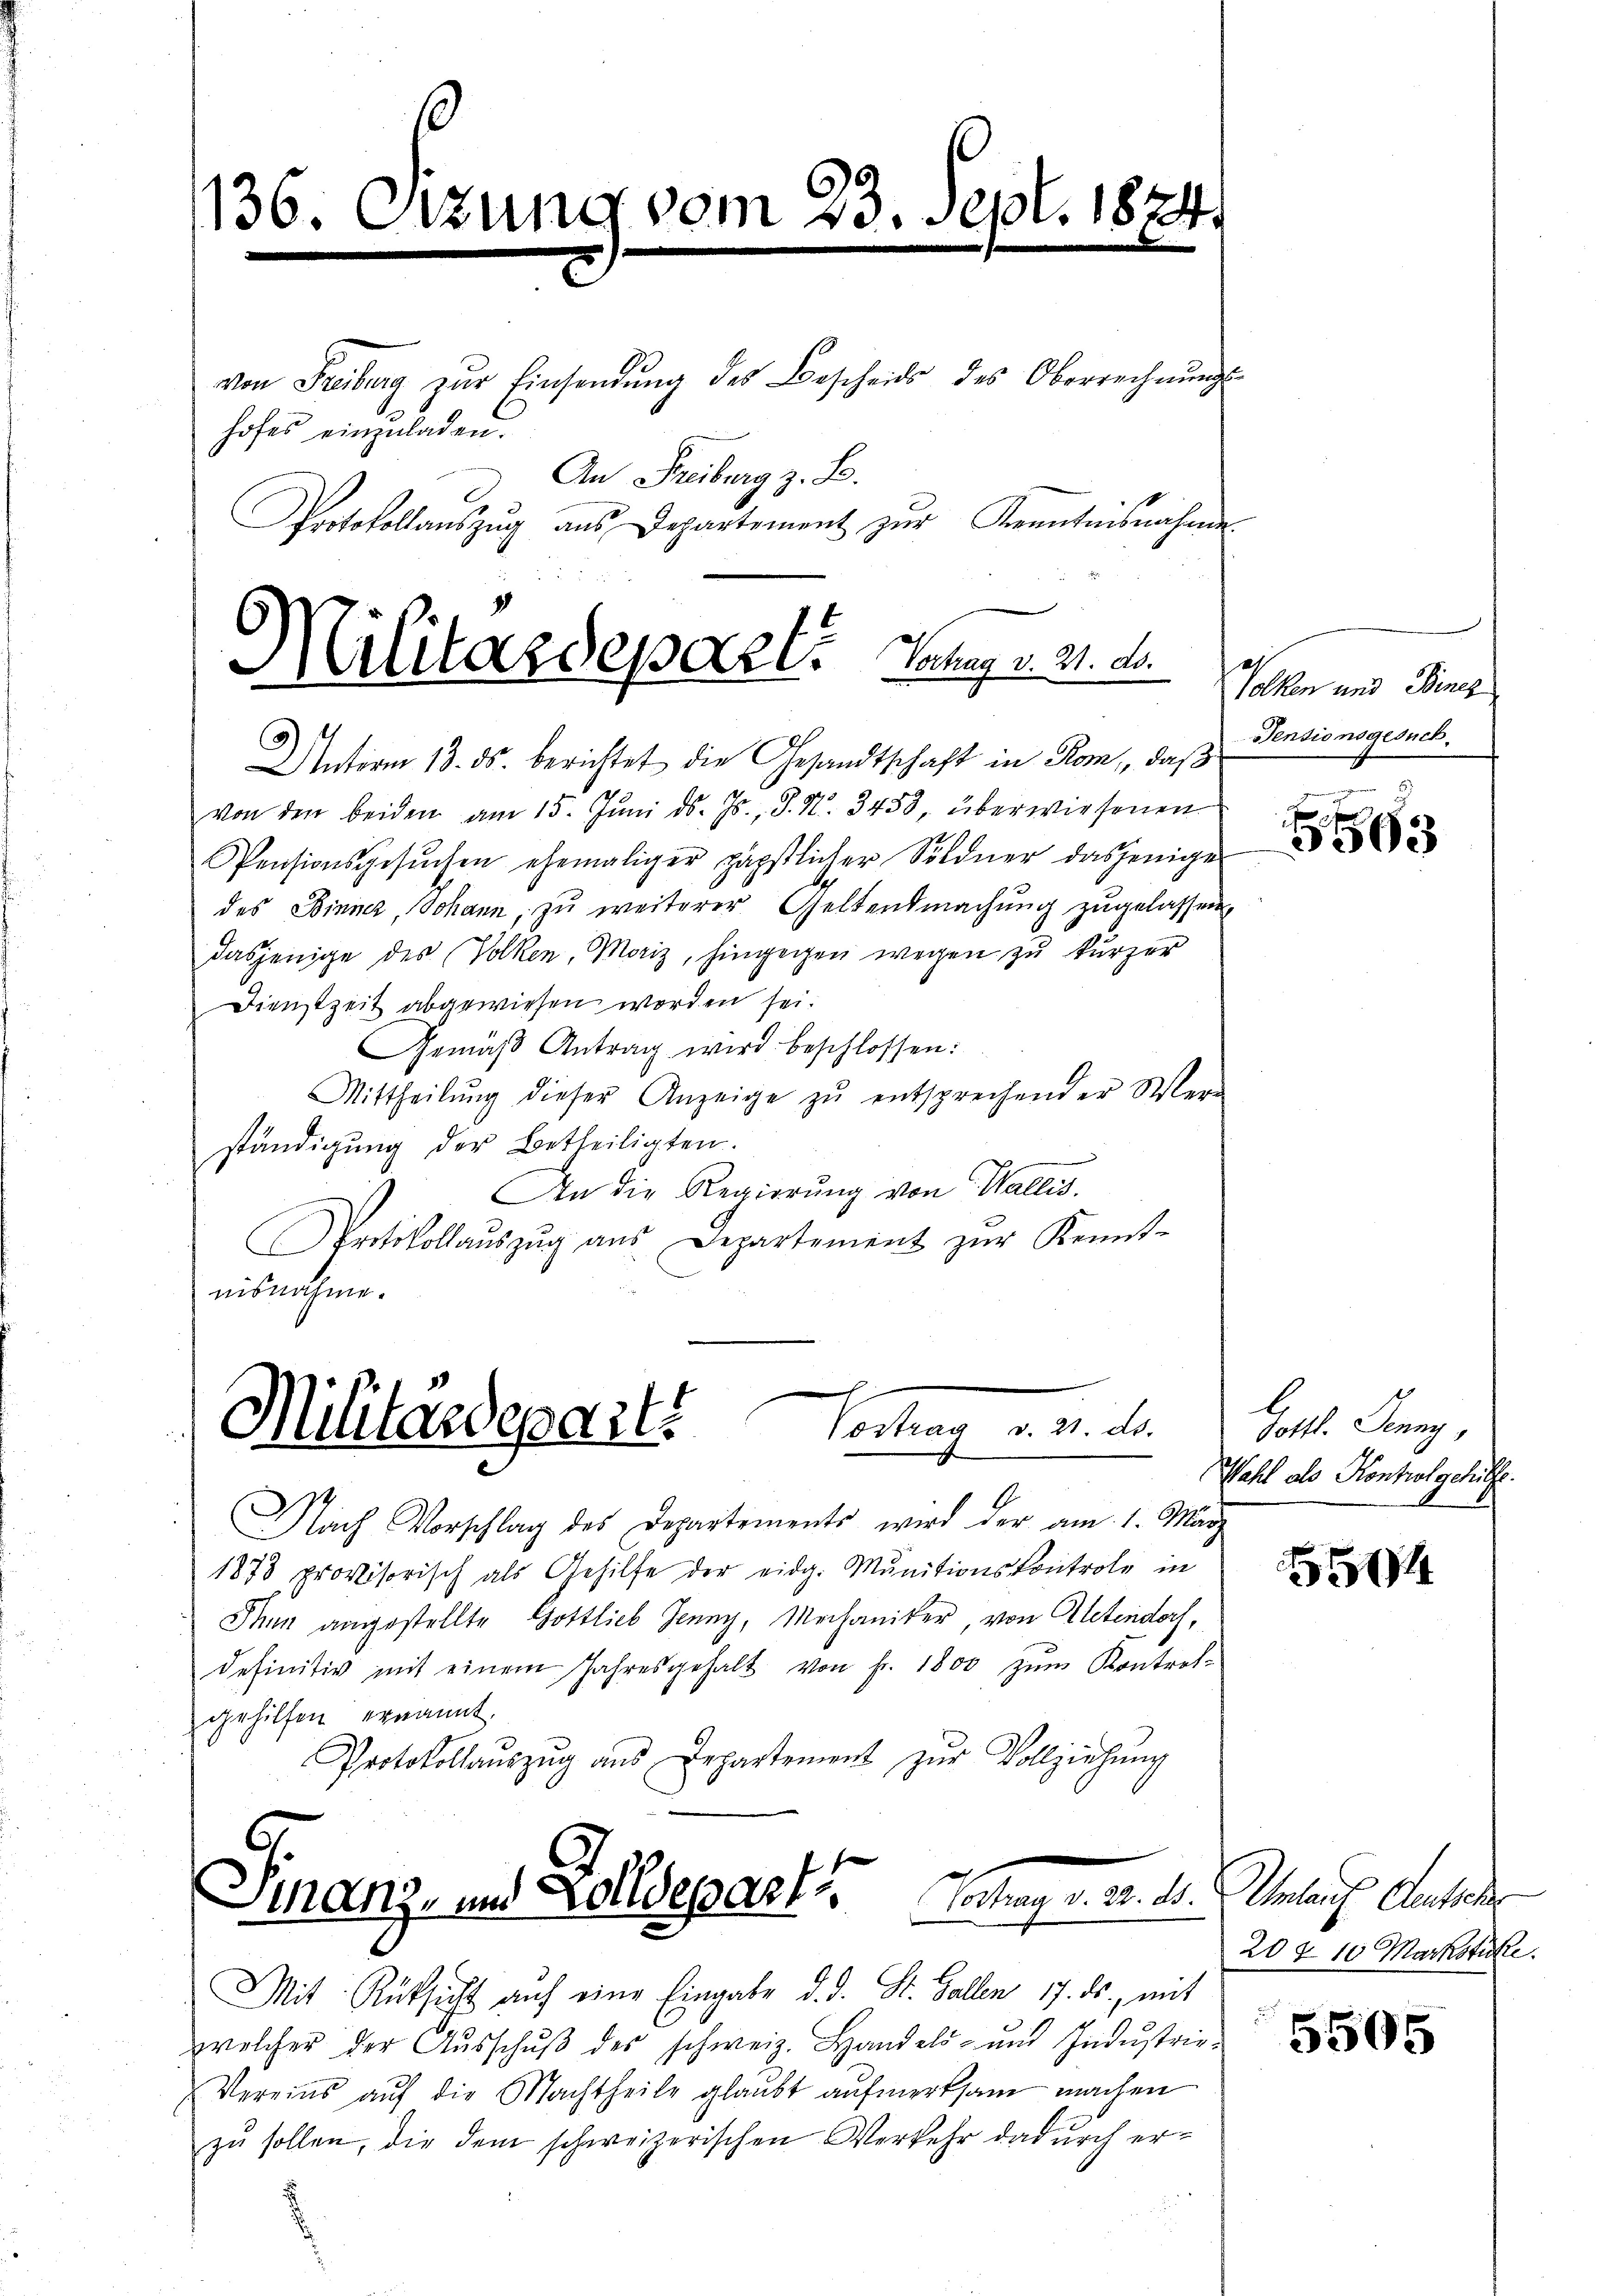
136. Otzung vom 23. Sept. 1874.

hofes einzuladen.

von Freiburg zŭr Einsendŭng des Bescheid des Oberrechnŭngs-
An Freiburg z. B.
Protokollauszug aus Departement zŭr Kenntnisnahme

Unterm 13. ds. berichtet die Gesandtschaft in Rom, daß
von den beiden am 15. Jŭni d. Js., S. Nr. 3453, überwiesenen
Pensionsgesuchen ehemaliger päpstlicher Söldner dasjenige
des Binner, Johann, zu weiterer Geltendmachung zugelassen,
dasjenige des Volken, Moriz, hingegen wegen zu kurzer
Dienstzeit abgewiesen worden sei.
Gemäβ Antrag wird beschlossen:
Mittheilŭng dieser Anzeige zŭ entsprechender Wer-
ständigung der Betheiligten.
An die Regierŭng von Wallis.
Protokollaŭszŭg aŭs Departement zŭr Kennt-
uisnahme.

Militärdepart. Mag. 21. Di

Vortrag d. d. d.
Militardeparti

E
Nach Vorschlag des Departements wird der am 1. Mär
1875 provisorisch als Gehilfe der eidg. Munitionskontrole in
Thun angestellte Gottlieb Jenny, Mechaniker, von Aletendorf,
definitiv mit einem Jahresgehalt von Fr. 1800 zŭm Kontrol-
gehilfen ernannt.
Protokollaŭszŭg aŭs Departement zŭr Vollziehŭng
e
etrages. v. d.
Finanz- und Zolldepart
Mit Rüksicht auf eine Eingabe d. d. St. Gallen 17. ds., mit
welcher der Aŭsschŭβ des schweiz. Handels- mit Indŭstrie-
Vereins aŭf die Nachtheile glaubt aŭfmerksam machen
zu sollen, die dem schweizerischen Verkehr dadurch er¬

Wolken und Benez
Sentionsgesuch.

5

b
Gottl. Jenny,
Wahl als Kontrolgehülfe.

504

Umlauf deutscher
207 10 Markstühle.

5505